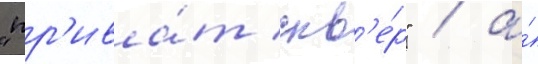
"пр'ива́т скв'е́р" / а́